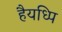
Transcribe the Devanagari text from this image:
हैयध्पि